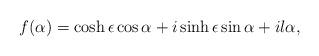
LaTeX: \begin{align*}f(\alpha)=\cosh\epsilon\cos\alpha+i\sinh\epsilon\sin\alpha+il\alpha,\end{align*}